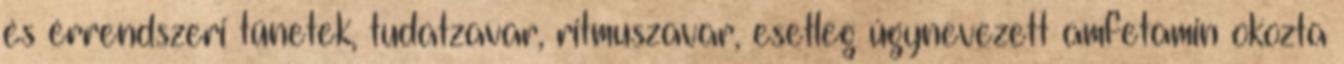
és érrendszeri tünetek, tudatzavar, ritmuszavar, esetleg úgynevezett amfetamin okozta